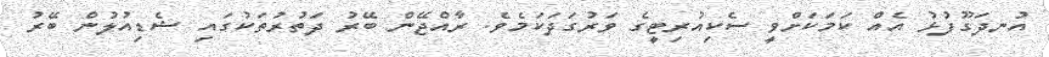
އުނދަގޫފުޅު އެއް ކަމަކަށްވީ ސެކިއުރިޓީގެ ވަރުގަދަކަމެވެ. ރާއްޖޭން ބޭރު ދަތުރުތަކުގައި ޝެޑިއުލުން ބޭރު